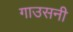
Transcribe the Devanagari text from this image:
गाउसनी